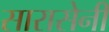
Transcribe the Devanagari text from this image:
सारासेनी